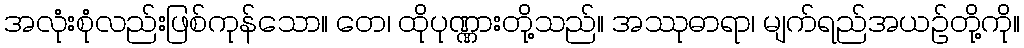
အလုံးစုံလည်းဖြစ်ကုန်သော။ တေ၊ ထိုပုဏ္ဏားတို့သည်။ အဿုဓာရာ၊ မျက်ရည်အယဉ်တို့ကို။